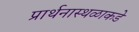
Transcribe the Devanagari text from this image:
प्रार्थनास्थळाकडे